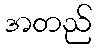
အတည်